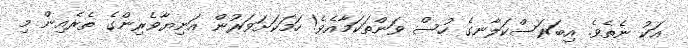
އަކު ނެތެވެ. އިބަރަސްކަލާނގެ ހުސް ވަންތަކަމާއެވެ! ހަމަކަށަވަރުން އަނިޔާވެރިންގެ ތެރެއިން މި